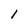
Character: 1